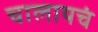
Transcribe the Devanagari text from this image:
चालायचं